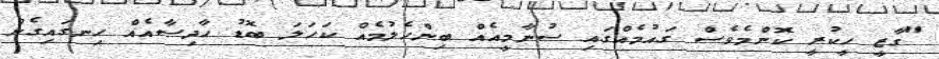
"ގާޒީ ހީކުރީ ކޮންމެވެސް ގައުމެއްގައި ސުނާމީއެއް ބިންހެލުމެއް ކަހަލަ ބޮޑު ހާދިސާއެއް ހިނގައިގެން